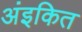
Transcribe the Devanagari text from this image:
अंइकित